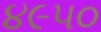
૪૯૫૦